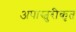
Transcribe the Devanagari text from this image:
अपास्चुरीकृत